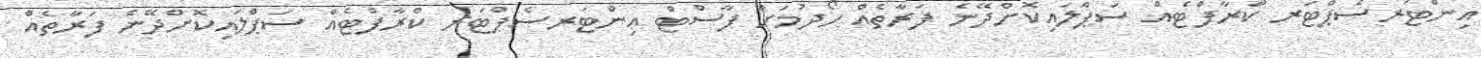
އިންޓަރސެޕްޓަރ ކްރާފްޓެއް ސަޕްލައިކޮށްދޭނެ ފަރާތެއް ހޯދުމަށް ފާސްޓް އިންޓަރސެޕްޓަރ ކްރާފްޓެއް ސަޕްލައިކޮށްދޭނެ ފަރާތެއް